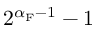
2 ^ { \alpha _ { \mathrm { F } } - 1 } - 1